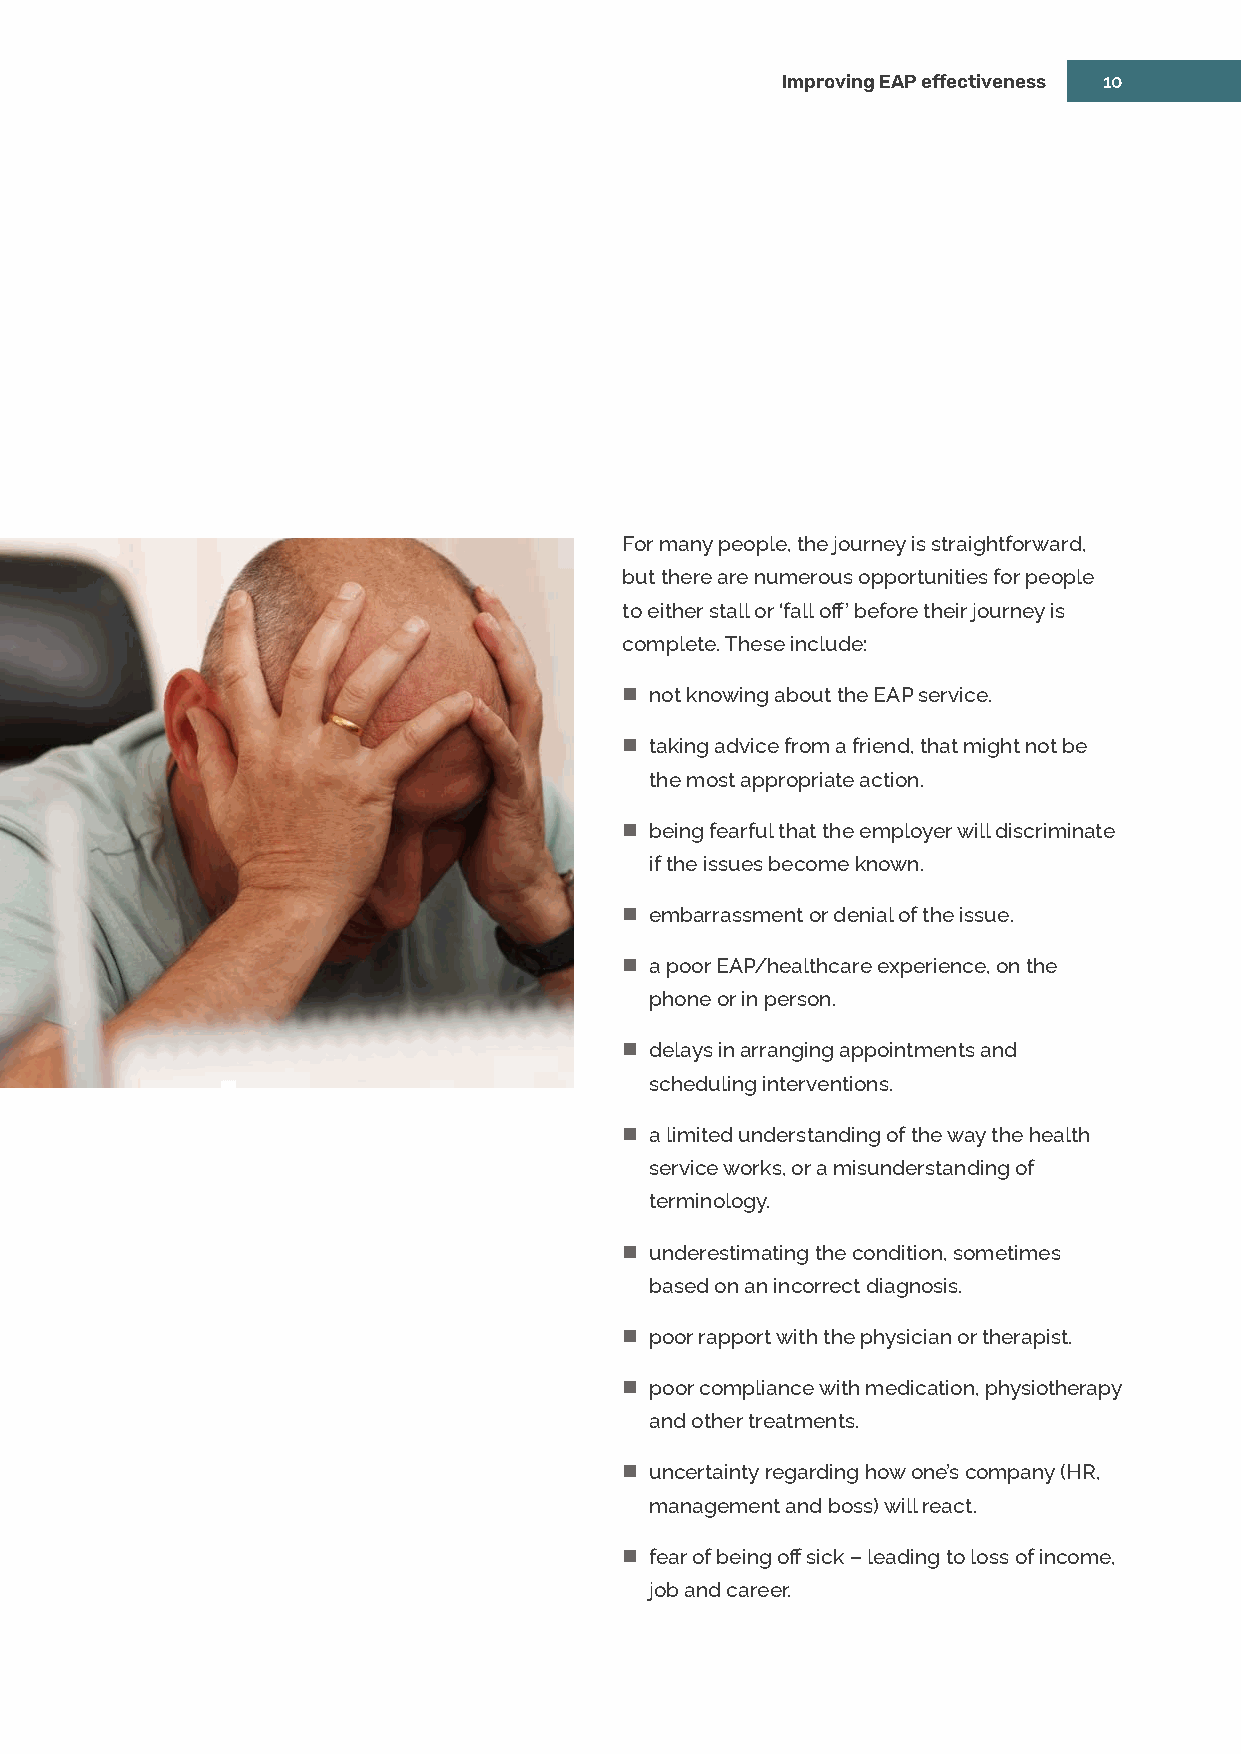
Improving EAP effectiveness 10
 For many people, the journey is straightforward,
 but there are numerous opportunities for people
 to either stall or ‘fall off’ before their journey is
 complete. These include:
  not knowing about the EAP service.
  taking advice from a friend, that might not be
 the most appropriate action.
  being fearful that the employer will discriminate
 if the issues become known.
  embarrassment or denial of the issue.
  a poor EAP/healthcare experience, on the
 phone or in person.
  delays in arranging appointments and
 scheduling interventions.
  a limited understanding of the way the health
 service works, or a misunderstanding of
 terminology.
  underestimating the condition, sometimes
 based on an incorrect diagnosis.
  poor rapport with the physician or therapist.
  poor compliance with medication, physiotherapy
 and other treatments.
  uncertainty regarding how one’s company (HR,
 management and boss) will react.
  fear of being off sick – leading to loss of income,
 job and career.